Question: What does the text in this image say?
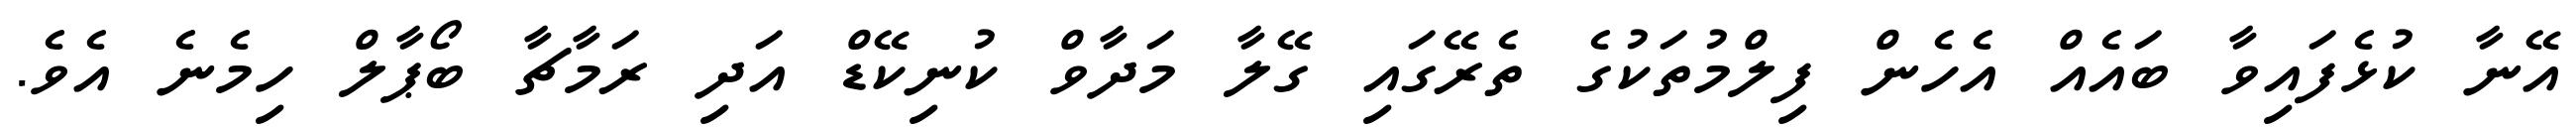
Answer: އޭނާ ކުޅެފައިވާ ބައެއް އެހެން ފިލްމުތަކުގެ ތެރޭގައި ގޭލާ މަދާވް ކުނިކޭޑް އަދި ރަމާޗާ ބޯޕާލް ހިމެނެ އެވެ.